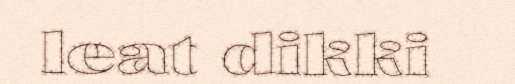
leat dikki